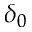
\delta _ { 0 }